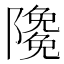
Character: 𨽊